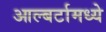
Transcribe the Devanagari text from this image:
आल्बर्टामध्ये